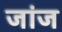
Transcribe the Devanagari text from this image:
जांज